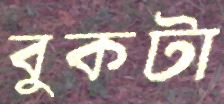
বুকটা